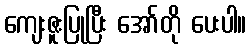
ကျေးဇူးပြုပြီး အော်တို ပေးပါ။